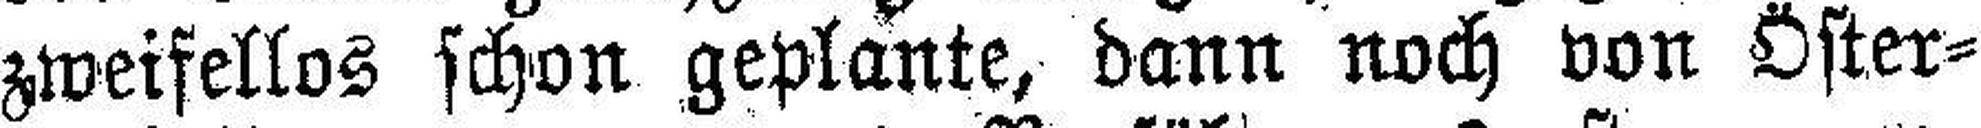
zweifellos schon geplante, dann noch von Öster¬